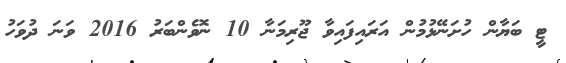
ޓީ ބަޔާން ހުށަނޭޅުމުން އަރައިފައިވާ ޖޫރިމަނާ 10 ނޮވެންބަރު 2016 ވަނަ ދުވަހު